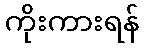
ကိုးကားရန်